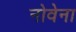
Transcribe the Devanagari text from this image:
नोवेना